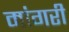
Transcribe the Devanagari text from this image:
मांगरी